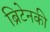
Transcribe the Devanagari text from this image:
ब्रिटेनकी